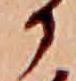
か